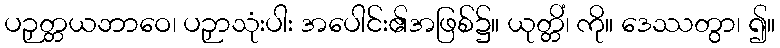
ပဉှတ္တယဘာဝေ၊ ပဉှာသုံးပါး အပေါင်း၏အဖြစ်၌။ ယုတ္တိံ၊ ကို။ ဒေဿတွာ၊ ၍။